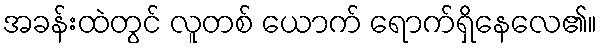
အခန်းထဲတွင် လူတစ် ယောက် ရောက်ရှိနေလေ၏။